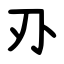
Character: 刅